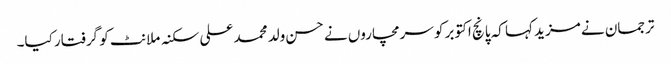
ترجمان نے مزید کہا کہ پانچ اکتوبر کو سرمچاروں نے حسن ولد محمد علی سکنہ ملانٹ کو گرفتار کیا۔